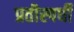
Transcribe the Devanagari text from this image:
प्रतीस्पर्धी